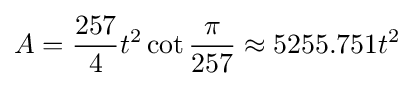
A={\frac {257}{4}}t^{2}\cot {\frac {\pi }{257}}\approx 5255.751t^{2}